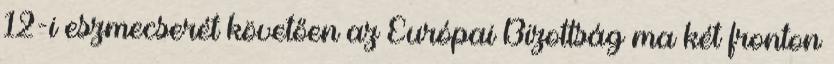
12-i eszmecserét követően az Európai Bizottság ma két fronton